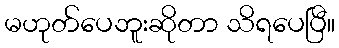
မဟုတ်ပေဘူးဆိုတာ သိရပေပြီ။